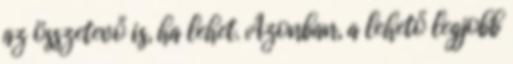
az összetevő is, ha lehet. Azonban, a lehető legjobb